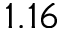
1 . 1 6